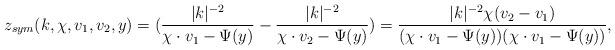
LaTeX: \begin{align*}z_{sym}(k,\chi,v_1,v_2,y) = (\frac{|k|^{-2}}{\chi \cdot v_1 -\Psi(y)} - \frac{|k|^{-2}}{\chi \cdot v_2 -\Psi(y)} )= \frac{|k|^{-2}\chi(v_2-v_1)}{(\chi \cdot v_1 -\Psi(y))(\chi \cdot v_1 -\Psi(y))},\end{align*}